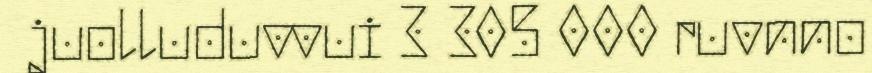
juolluduvvui 3 305 000 ruvnno